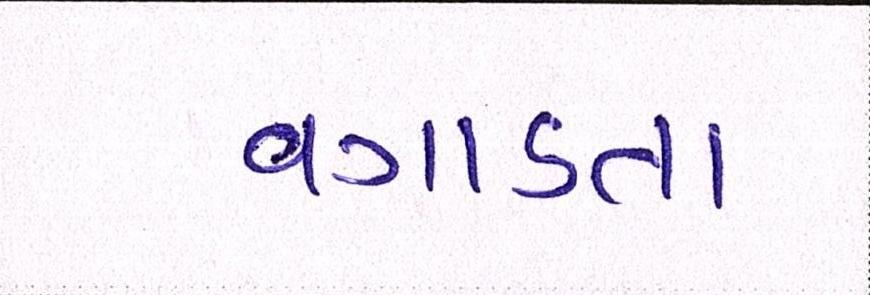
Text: વગાડતા